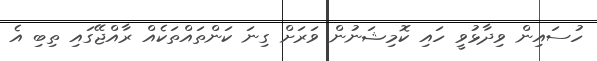
ހުސައިން ވިދާޅުވީ ހައި ކޮމިޝަނުން ވަރަށް ގިނަ ކަންތައްތަކެއް ރާއްޖޭގައި ތިބި އެ